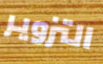
التزوير